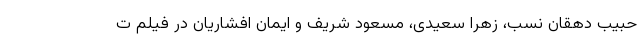
حبیب دهقان نسب، زهرا سعیدی، مسعود شریف و ایمان افشاریان در فیلم ت